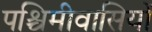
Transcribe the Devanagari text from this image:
पश्चिमीवासियों